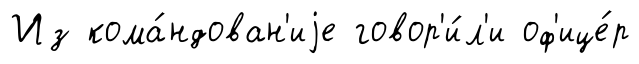
Из кома́ндован'иjе говор'и́л'и оф'ице́р